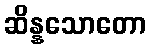
ဆိန္နသောတော